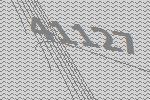
41127